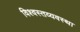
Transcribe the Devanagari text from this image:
विश्वस्तव्यवस्था